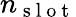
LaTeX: n_{\mathrm{~s~l~o~t~}}